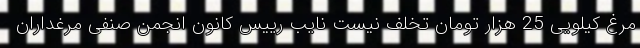
مرغ کیلویی 25 هزار تومان تخلف نیست نایب رییس کانون انجمن صنفی مرغداران